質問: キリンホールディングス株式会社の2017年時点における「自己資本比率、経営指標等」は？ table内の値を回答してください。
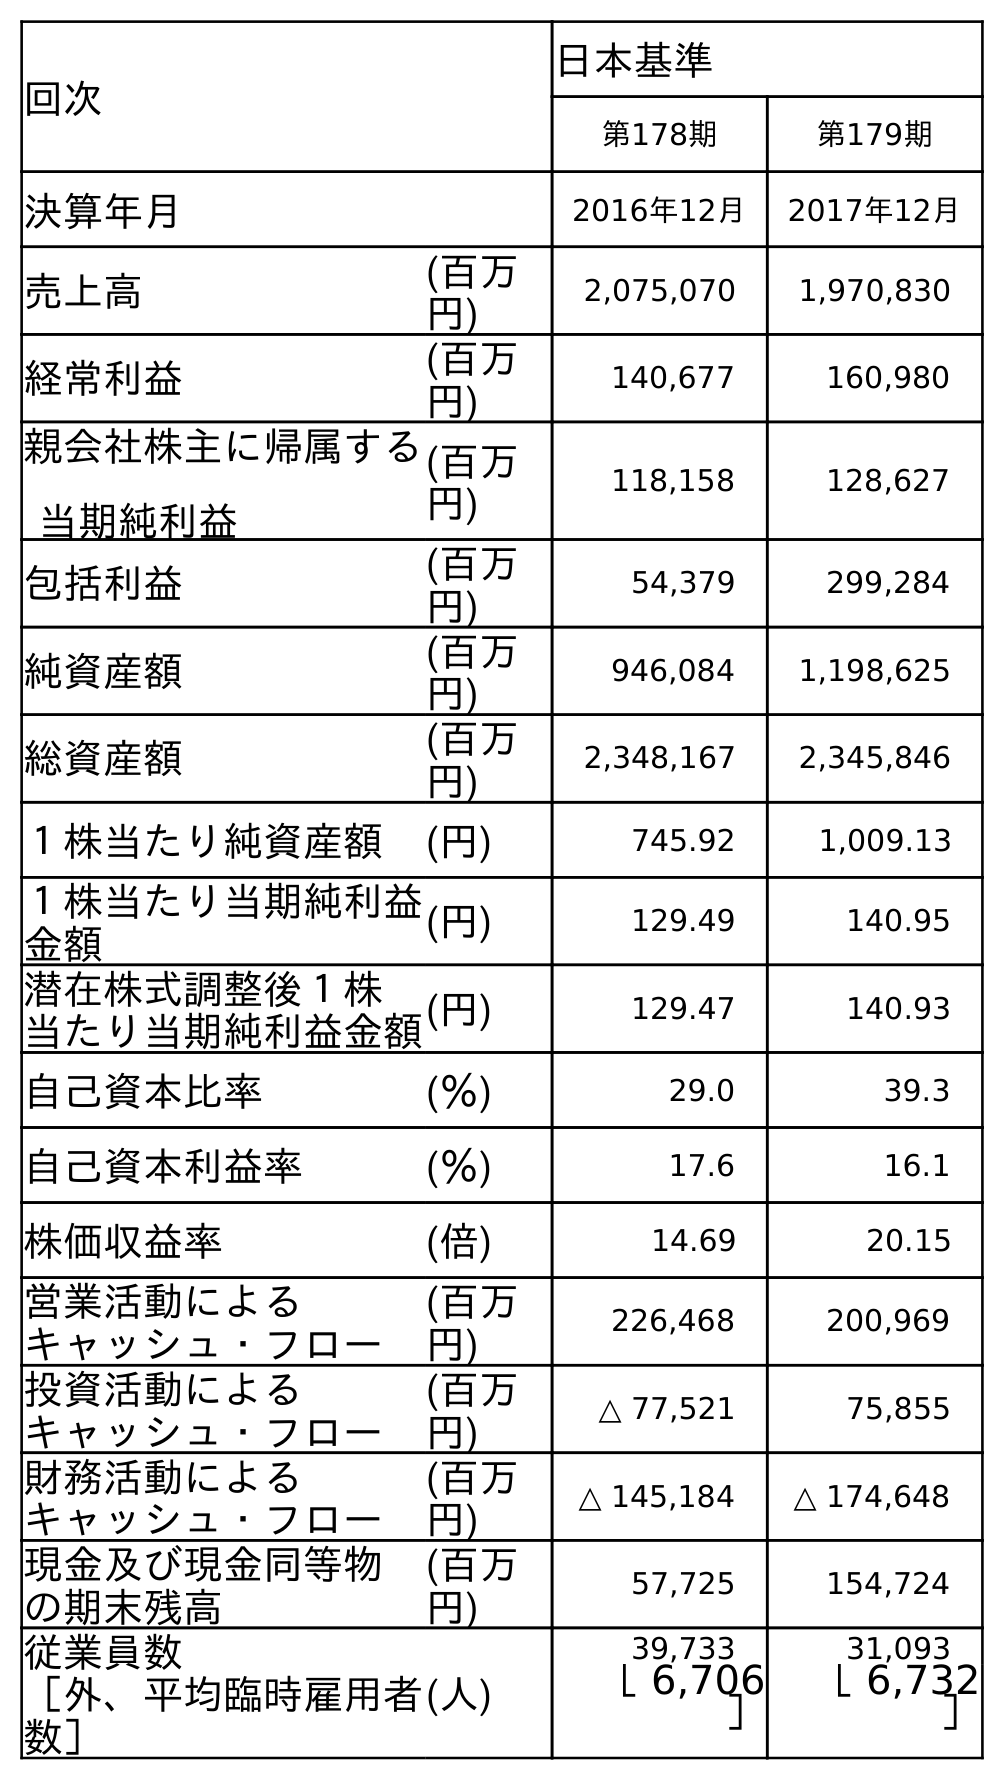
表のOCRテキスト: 回次 日本基準 第178期 第179期 決算年月 2016年12月 2017年12月 売上高 (百万 円) 2,075,070 1,970,830 経常利益 (百万 円) 140,677 160,980 親会社株主に帰属する 当期純利益 (百万 円) 118,158 128,627 包括利益 (百万 円) 54,379 299,284 純資産額 (百万 円) 946,084 1,198,625 総資産額 (百万 円) 2,348,167 2,345,846 １株当たり純資産額 (円) 745.92 1,009.13 １株当たり当期純利益 金額 (円) 129.49 140.95 潜在株式調整後１株 当たり当期純利益金額(円) 129.47 140.93 自己資本比率 (％) 29.0 39.3 自己資本利益率 (％) 17.6 16.1 株価収益率 (倍) 14.69 20.15 営業活動による キャッシュ・フロー (百万 円) 226,468 200,969 投資活動による キャッシュ・フロー (百万 円) △ 77,521 75,855 財務活動による キャッシュ・フロー (百万 円) △ 145,184 △ 174,648 現金及び現金同等物 の期末残高 (百万 円) 57,725 154,724 従業員数 ［外、平均臨時雇用者 数］ (人) 39,733 31,093 ［ 6,706 ］ ［ 6,732 ］
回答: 39.3